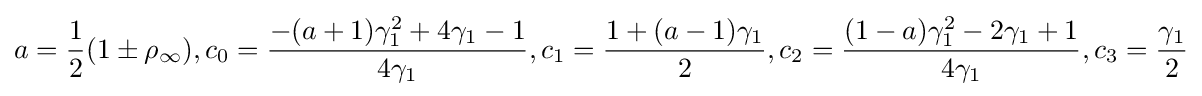
a={\frac {1}{2}}(1\pm \rho _{\infty }),c_{0}={\frac {-(a+1)\gamma _{1}^{2}+4\gamma _{1}-1}{4\gamma _{1}}},c_{1}={\frac {1+(a-1)\gamma _{1}}{2}},c_{2}={\frac {(1-a)\gamma _{1}^{2}-2\gamma _{1}+1}{4\gamma _{1}}},c_{3}={\frac {\gamma _{1}}{2}}